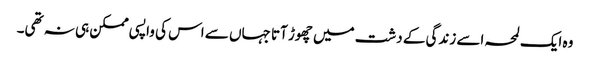
وہ ایک لمحہ اسے زندگی کے دشت میں چھوڑ آتا جہاں سے اس کی واپسی ممکن ہی نہ تھی۔